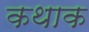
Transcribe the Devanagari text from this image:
कथाक